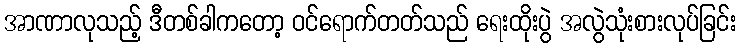
အာဏာလုသည့် ဒီတစ်ခါကတော့ ဝင်ရောက်တတ်သည် ရေးထိုးပွဲ အလွဲသုံးစားလုပ်ခြင်း